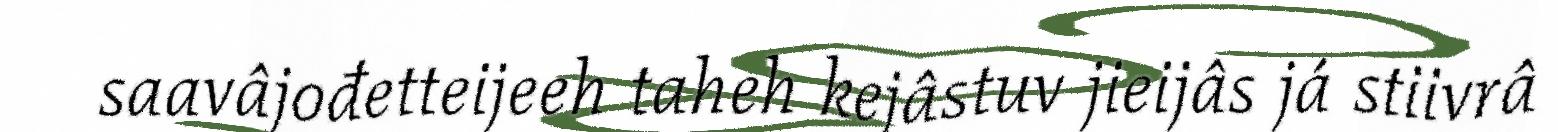
saavâjođetteijeeh taheh kejâstuv jieijâs já stiivrâ